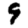
Digit: 9